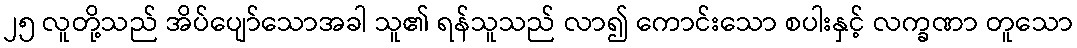
၂၅ လူတို့သည် အိပ်ပျော်သောအခါ သူ၏ ရန်သူသည် လာ၍ ကောင်းသော စပါးနှင့် လက္ခဏာ တူသော